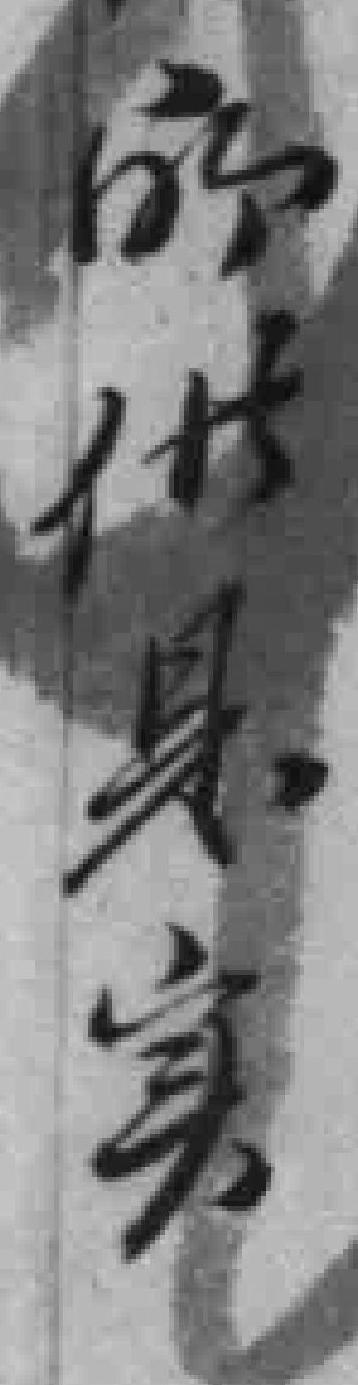
所供是实